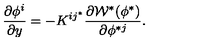
{ \frac { \partial \phi ^ { i } } { \partial y } } = - K ^ { i j ^ { * } } \frac { \partial { \cal W } ^ { * } ( \phi ^ { * } ) } { \partial \phi ^ { * j } } .